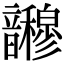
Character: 𫖜